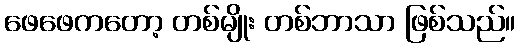
ဖေဖေကတော့ တစ်မျိုး တစ်ဘာသာ ဖြစ်သည်။